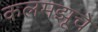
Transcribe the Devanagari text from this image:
कलमझूचे